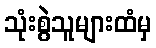
သုံးစွဲသူများထံမှ